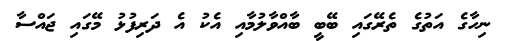
ނިހާގެ އަތުގެ ތެރޭގައި ބޭބީ ބާއްވާލުމާއި އެކު އެ ދަރިފުޅު މޭގައި ޖައްސާ